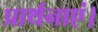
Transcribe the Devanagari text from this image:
प्रार्थनाएं।